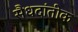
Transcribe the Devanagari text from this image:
सैधदांतीक